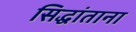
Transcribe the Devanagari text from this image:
सिद्धांताना